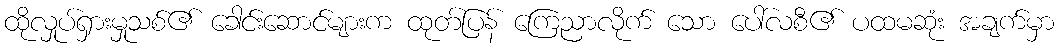
ထိုလှုပ်ရှားမှုသစ်၏ ခေါင်းဆောင်များက ထုတ်ပြန် ကြေညာလိုက် သော ပေါ်လစီ၏ ပထမဆုံး အချက်မှာ